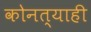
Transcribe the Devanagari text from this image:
कोनत्याही